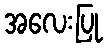
အလေးပြု